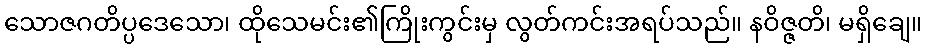
သောဇဂတိပ္ပဒေသော၊ ထိုသေမင်း၏ကြိုးကွင်းမှ လွတ်ကင်းအရပ်သည်။ နဝိဇ္ဇတိ၊ မရှိချေ။